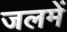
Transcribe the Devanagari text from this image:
जलमें